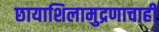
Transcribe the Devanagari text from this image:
छायाशिलामुद्रणाचाही